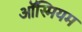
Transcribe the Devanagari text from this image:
ऑस्मियम